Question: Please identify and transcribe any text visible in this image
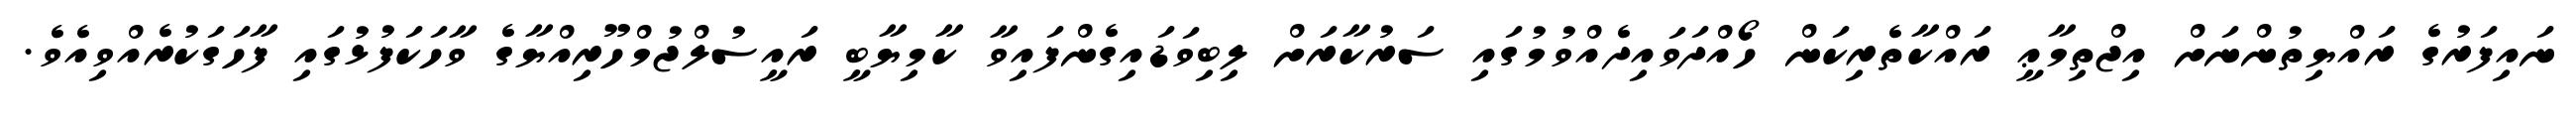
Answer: ނައިފަރުގެ ރައްޔިތުންނަށް އިޖްތިމާޢީ ރައްކާތެރިކަން ހޯއްދަވައިދެއްވުމުގައި ސަރުކާރަށް ލިބިވަޑައިގެންފައިވާ ކާމިޔާބީ ރައީސުލްޖުމްހޫރިއްޔާގެ ވާހަކަފުޅުގައި ފާހަގަކުރެއްވިއެވެ.